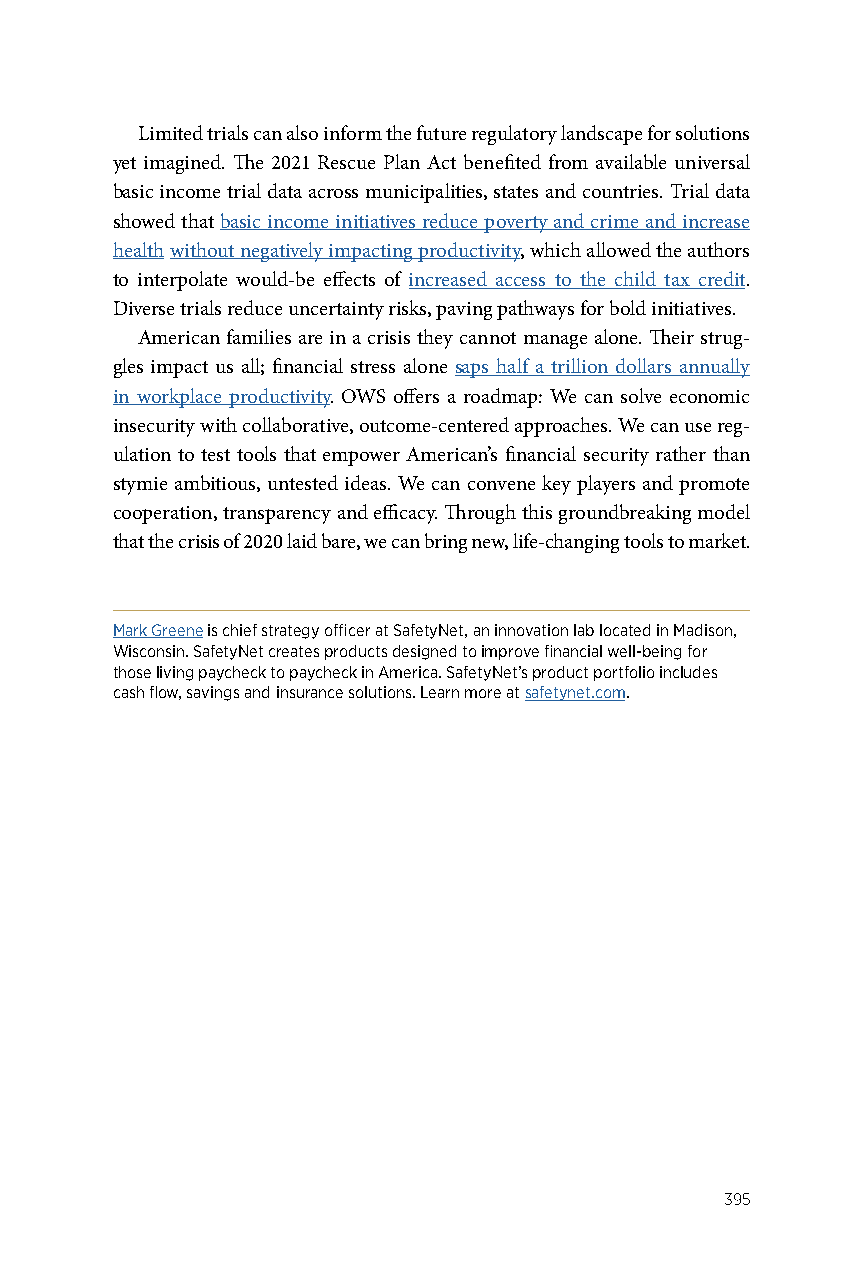
Limited trials can also inform the future regulatory landscape for solutions
 yet imagined. The 2021 Rescue Plan Act benefited from available universal
 basic income trial data across municipalities, states and countries. Trial data
 showed that basic income initiatives reduce poverty and crime and increase
 health without negatively impacting productivity, which allowed the authors
 to interpolate would-be effects of increased access to the child tax credit.
 Diverse trials reduce uncertainty risks, paving pathways for bold initiatives.
 American families are in a crisis they cannot manage alone. Their strug-
 gles impact us all; financial stress alone saps half a trillion dollars annually
 in workplace productivity. OWS offers a roadmap: We can solve economic
 insecurity with collaborative, outcome-centered approaches. We can use reg-
 ulation to test tools that empower American’s financial security rather than
 stymie ambitious, untested ideas. We can convene key players and promote
 cooperation, transparency and efficacy. Through this groundbreaking model
 that the crisis of 2020 laid bare, we can bring new, life-changing tools to market.
 Mark Greene is chief strategy officer at SafetyNet, an innovation lab located in Madison,
 Wisconsin. SafetyNet creates products designed to improve financial well-being for
 those living paycheck to paycheck in America. SafetyNet’s product portfolio includes
 cash flow, savings and insurance solutions. Learn more at safetynet.com.
 395